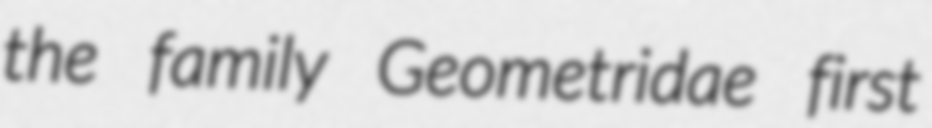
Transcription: the family Geometridae first